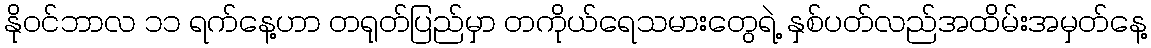
နိုဝင်ဘာလ ၁၁ ရက်နေ့ဟာ တရုတ်ပြည်မှာ တကိုယ်ရေသမားတွေရဲ့ နှစ်ပတ်လည်အထိမ်းအမှတ်နေ့